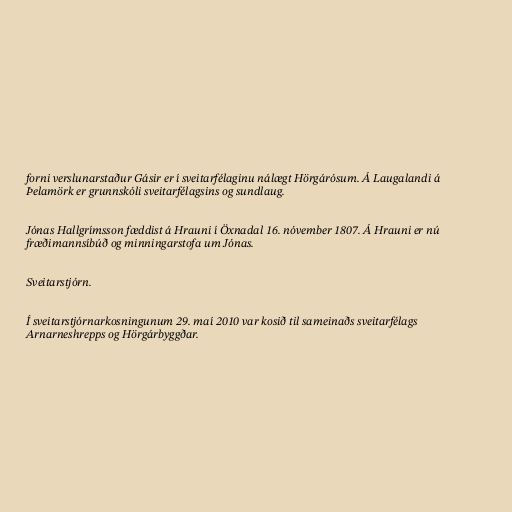
forni verslunarstaður Gásir er í sveitarfélaginu nálægt Hörgárósum. Á Laugalandi á
Þelamörk er grunnskóli sveitarfélagsins og sundlaug.

Jónas Hallgrímsson fæddist á Hrauni í Öxnadal 16. nóvember 1807. Á Hrauni er nú
fræðimannsíbúð og minningarstofa um Jónas.

Sveitarstjórn.

Í sveitarstjórnarkosningunum 29. maí 2010 var kosið til sameinaðs sveitarfélags
Arnarneshrepps og Hörgárbyggðar.